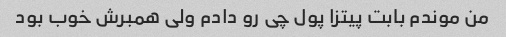
من موندم بابت پیتزا پول چی رو دادم ولی همبرش خوب بود